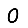
Digit: 0